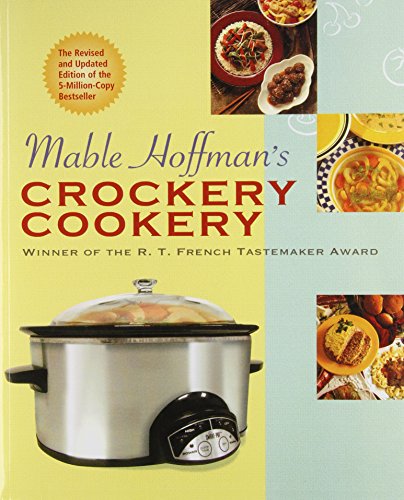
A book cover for Mable Hoffman's Crockery Cookery, Revised Edition; Mable Hoffman; Cookbooks, Food & Wine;